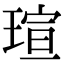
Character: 瑄